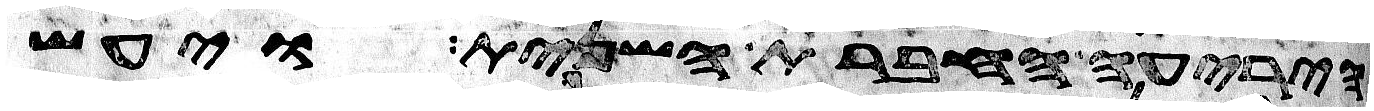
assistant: היריעה החברת השנית ויעש